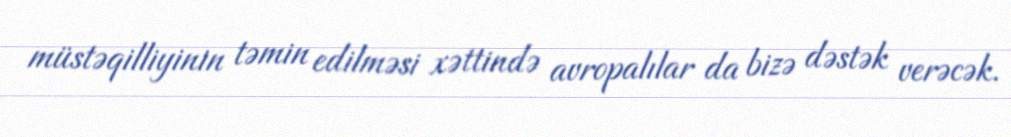
müstəqilliyinin təmin edilməsi xəttində avropalılar da bizə dəstək verəcək.